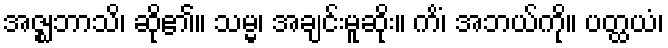
အဇ္ဈဘာသိ၊ ဆို၏။ သမ္မ၊ အချင်းမူဆိုး။ ကိံ၊ အဘယ်ကို။ ပတ္ထယံ၊